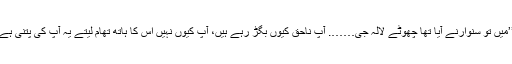
’’میں تو سنوارنے آیا تھا چھوٹے لالہ جی……. آپ ناحق کیوں بگڑ رہے ہیں، آپ کیوں نہیں اس کا ہاتھ تھام لیتے یہ آپ کی پتنی ہے۔